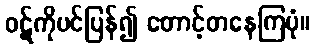
ဝဋ်ကိုပင်ပြန်၍ တောင့်တနေကြပုံ။